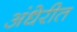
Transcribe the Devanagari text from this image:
अंधेरीत